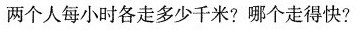
两个人每小时各走多少千米?哪个走得快?